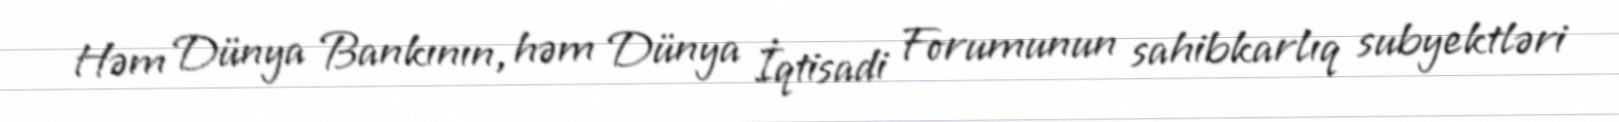
Həm Dünya Bankının, həm Dünya İqtisadi Forumunun sahibkarlıq subyektləri